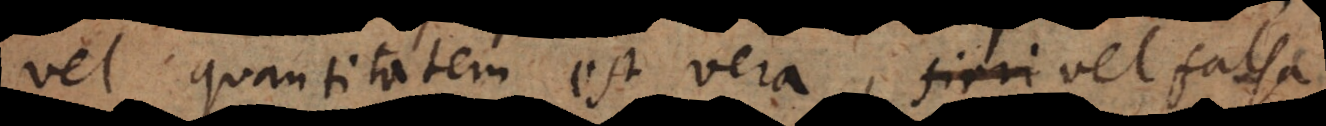
vel quantitatem est vera vel falsa